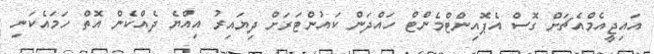
އައިޖީއެމްއެޗަށް ގޮސް އެޕޮއިންޓްމެންޓް ހައްދަން ކައުންޓަރަށް ދިޔައިރު އިއްޔެ ދެއްކެން އޮތް ހަމައެކަނި